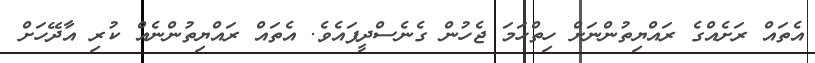
އެތައް ރަށެއްގެ ރައްޔިތުންނަށް ހިތްހަމަ ޖެހުން ގެނެސްދީފައެވެ. އެތައް ރައްޔިތުންނެއް ކުރި އާދޭހަށް